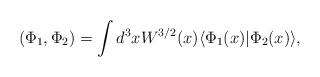
LaTeX: \begin{align*}( \Phi_1,\Phi_2 ) = \int d^3 x W^{3/2}(x) \langle \Phi_1(x)|\Phi_2(x)\rangle ,\end{align*}